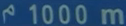
1000m